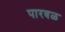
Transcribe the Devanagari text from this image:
पारवळ